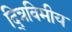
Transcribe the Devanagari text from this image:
द्त्रिविमीय